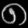
Digit: ၈